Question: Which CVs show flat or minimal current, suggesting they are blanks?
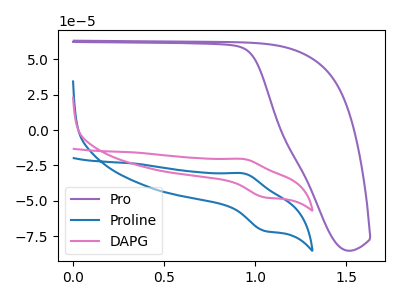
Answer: <think>The purple curve "Pro" has no peaks. The blue curve "Proline" has an anodic peak at (0.95V, -30.70uA) and a cathodic peak at (1.05V, -71.30uA). The pink curve "DAPG" has an anodic peak at (0.95V, -20.45uA) and a cathodic peak at (1.05V, -47.60uA).</think>
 <answer>"Pro" is likely to be a blank.</answer>
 <eval>Pro</eval>